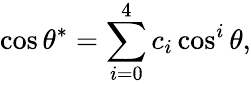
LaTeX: \cos\theta^{*}=\sum_{i=0}^{4}c_{i}\cos^{i}\theta,